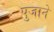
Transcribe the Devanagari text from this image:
पुजाने